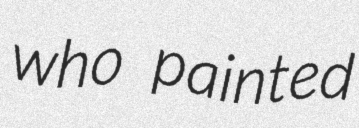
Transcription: who painted